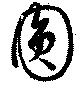
圓